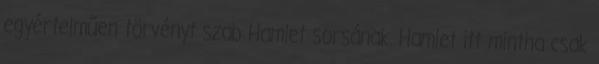
egyértelműen törvényt szab Hamlet sorsának. Hamlet itt mintha csak